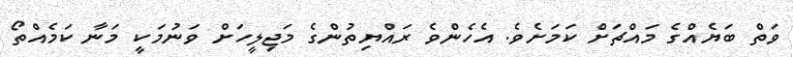
ވަތް ބަޔެއްގެ މައްޗަށް ކަމަށެވެ. އެހެންވެ ރައްޔިތުންގެ މަޖިލީހަށް ވަނުމަކީ މަނާ ކަމެއްތޯ